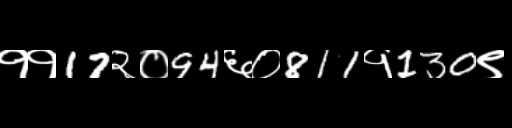
Text: ११17२०94६०811१130९